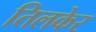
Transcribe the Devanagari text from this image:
तिलकेर